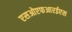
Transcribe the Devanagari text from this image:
एसओएफआरईएस